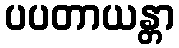
ပပတာယန္တာ